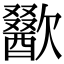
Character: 歠